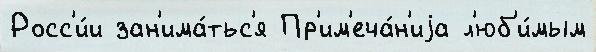
Росс'и́и зан'има́тьс'я Пр'им'еча́н'иjа л'юб'и́мым